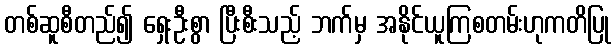
တစ်ဆူစီတည်၍ ရှေးဦးစွာ ပြီးစီးသည့် ဘက်မှ အနိုင်ယူကြစတမ်းဟုကတိပြု